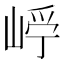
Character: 𡹂